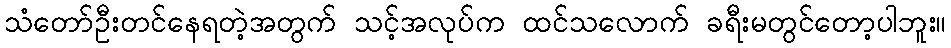
သံတော်ဦးတင်နေရတဲ့အတွက် သင့်အလုပ်က ထင်သလောက် ခရီးမတွင်တော့ပါဘူး။